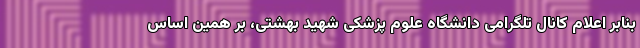
بنابر اعلام کانال تلگرامی دانشگاه علوم پزشکی شهید بهشتی، بر همین اساس